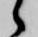
々